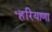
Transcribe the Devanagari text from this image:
॰हरियाणा